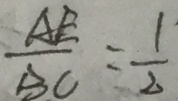
\frac { A E } { B C } = \frac { 1 1 } { 2 }